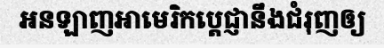
អនឡាញអាមេរិកប្តេជ្ញានឹងជំរុញឲ្យ